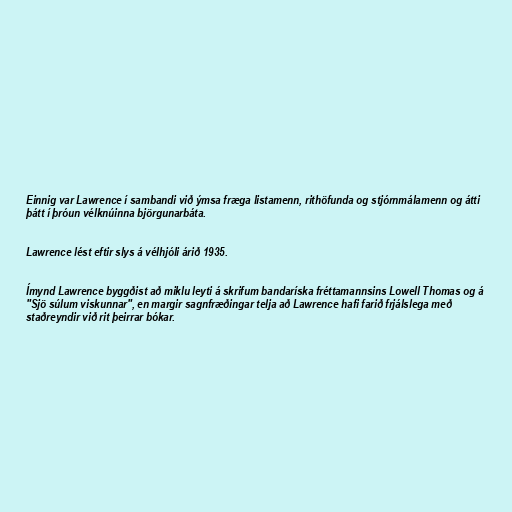
Einnig var Lawrence í sambandi við ýmsa fræga listamenn, rithöfunda og stjórnmálamenn og átti
þátt í þróun vélknúinna björgunarbáta.

Lawrence lést eftir slys á vélhjóli árið 1935.

Ímynd Lawrence byggðist að miklu leyti á skrifum bandaríska fréttamannsins Lowell Thomas og á
"Sjö súlum viskunnar", en margir sagnfræðingar telja að Lawrence hafi farið frjálslega með
staðreyndir við rit þeirrar bókar.